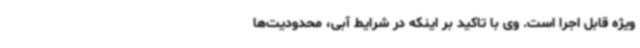
ویژه قابل اجرا است. وی با تاکید بر اینکه در شرایط آبی، محدودیت‌ها